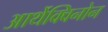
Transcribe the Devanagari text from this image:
आर्थेक्विनोन